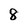
Character: 8